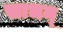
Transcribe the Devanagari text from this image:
साधन्